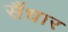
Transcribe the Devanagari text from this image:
सैंधार